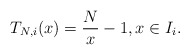
\begin{align*}T_{N,i}(x) = \frac{N}{x} - 1, x \in I_i. \end{align*}